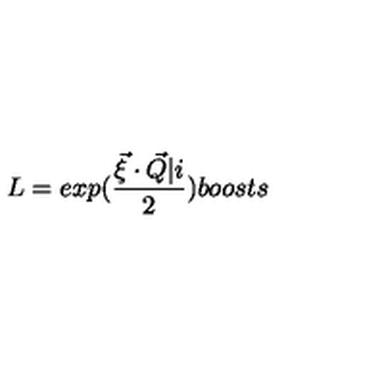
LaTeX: L = e x p ( \frac { \vec { \xi } \cdot \vec { Q } \vert i } { 2 } ) b o o s t s